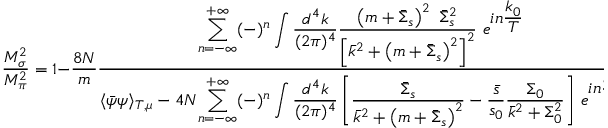
{ \frac { M _ { \sigma } ^ { 2 } } { M _ { \pi } ^ { 2 } } } = 1 - { \frac { 8 N } { m } } { \frac { \displaystyle { \sum _ { n = - \infty } ^ { + \infty } ( - ) ^ { n } \int { \frac { d ^ { 4 } k } { ( 2 \pi ) ^ { 4 } } } { \frac { \left( m + { \bar { \Sigma } } _ { s } \right) ^ { 2 } ~ { \bar { \Sigma } } _ { s } ^ { 2 } } { \left[ { \bar { k } } ^ { 2 } + \left( m + { \bar { \Sigma } } _ { s } \right) ^ { 2 } \right] ^ { 2 } } } } ~ e ^ { \displaystyle { i n { \frac { k _ { 0 } } { T } } } } } { \langle { \bar { \psi } } \psi \rangle _ { T , \mu } - 4 N \displaystyle { \sum _ { n = - \infty } ^ { + \infty } ( - ) ^ { n } \int { \frac { d ^ { 4 } k } { ( 2 \pi ) ^ { 4 } } } \left[ { \frac { { \bar { \Sigma } } _ { s } } { { \bar { k } } ^ { 2 } + \left( m + { \bar { \Sigma } } _ { s } \right) ^ { 2 } } } - { \frac { \bar { s } } { s _ { 0 } } } { \frac { \Sigma _ { 0 } } { { \bar { k } } ^ { 2 } + \Sigma _ { 0 } ^ { 2 } } } \right] } ~ e ^ { \displaystyle { i n { \frac { k _ { 0 } } { T } } } } } }